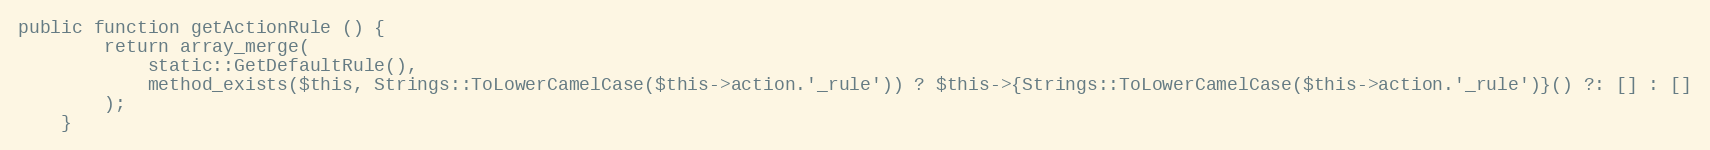
Language: PHP
public function getActionRule () {
		return array_merge(
			static::GetDefaultRule(),
			method_exists($this, Strings::ToLowerCamelCase($this->action.'_rule')) ? $this->{Strings::ToLowerCamelCase($this->action.'_rule')}() ?: [] : []
		);
	}